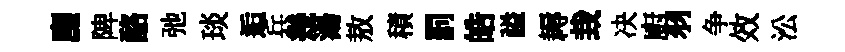
麈陴酪弛琰逅兵幾湯敖積罰皓謚耨㘽决廚羽争效㳂